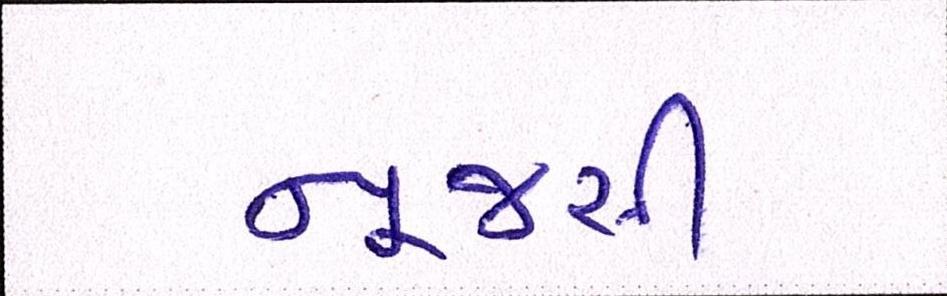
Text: ન્યૂજર્સી